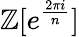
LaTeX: \mathbb{Z}[e^{\frac{2\pi i}{n}}]